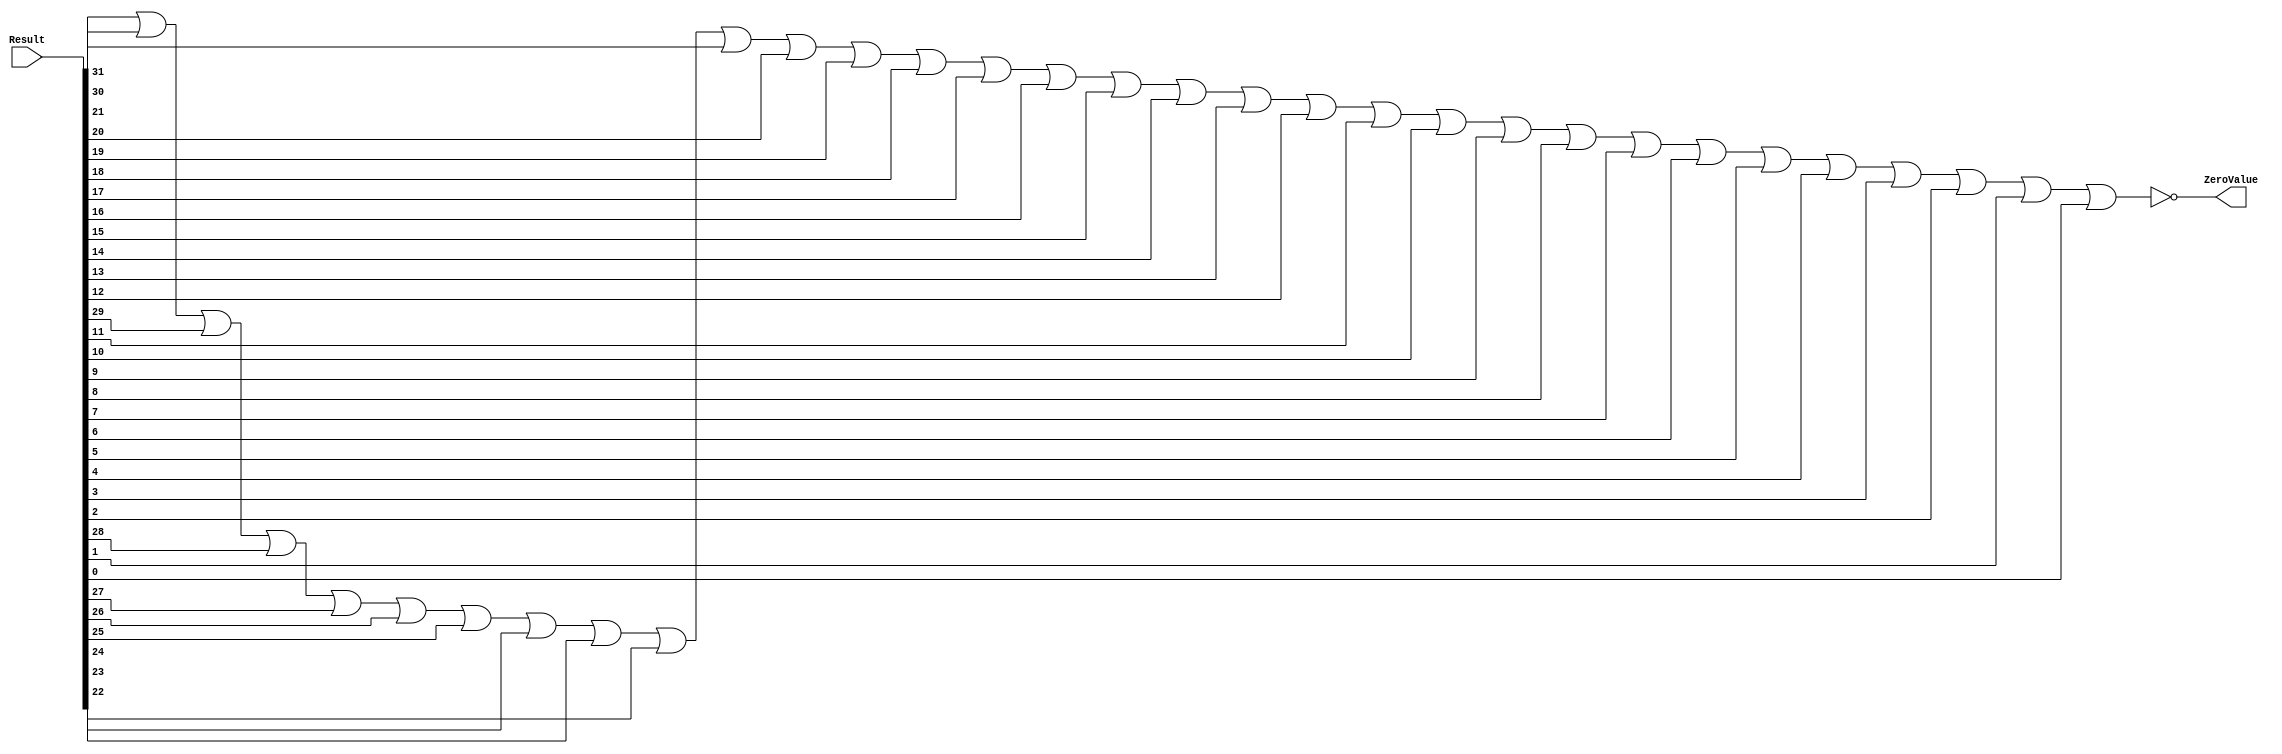
module ZeroFounder(Result, ZeroValue);
	input [31:0]Result;
	output ZeroValue;
	wire temp;
	
	or (temp, Result[31], Result[30], Result[29], Result[28], Result[27], Result[26], Result[25], Result[24], Result[23],
			Result[22], Result[21], Result[20], Result[19], Result[18], Result[17], Result[16], Result[15], Result[14], Result[13],
			Result[12], Result[11], Result[10], Result[9], Result[8], Result[7], Result[6], Result[5], Result[4], Result[3],
			Result[2], Result[1], Result[0]);
	
	not (ZeroValue, temp);
endmodule